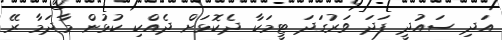
އަދި ސައުދީ ފަދަ ވަރުގަދަ ޓީމަކާ ދެކޮޅަށް ދެއްކި ކުޅުން މާދަމާ ރޭ